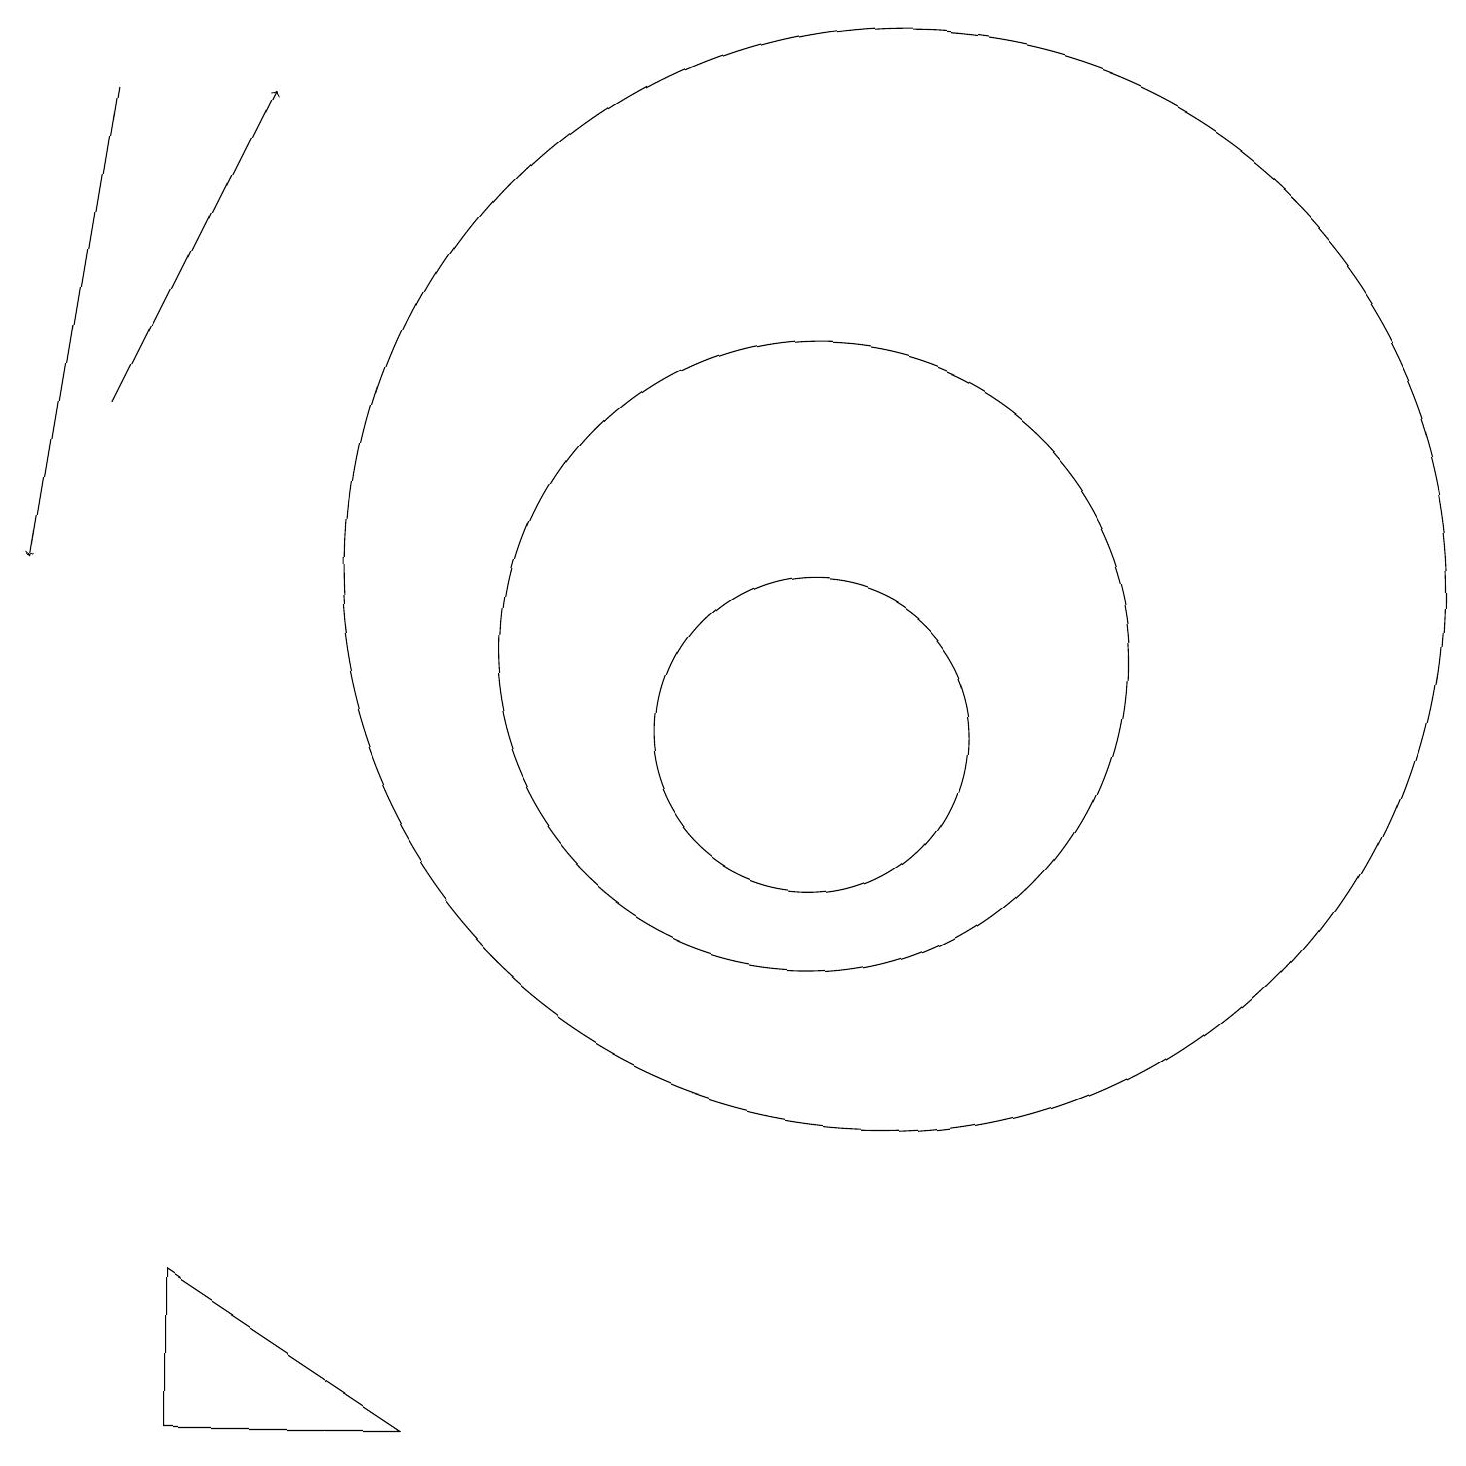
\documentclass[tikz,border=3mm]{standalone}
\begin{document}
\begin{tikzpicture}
\draw (11,11) circle (4);
\draw (6,1) -- (3,3) -- (3,1) -- cycle;
\draw[->] (2,18) -- (1,12);
\draw (12,12) circle (7);
\draw (11,10) circle (2);
\draw[->] (2,14) -- (4,18);
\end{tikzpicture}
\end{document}